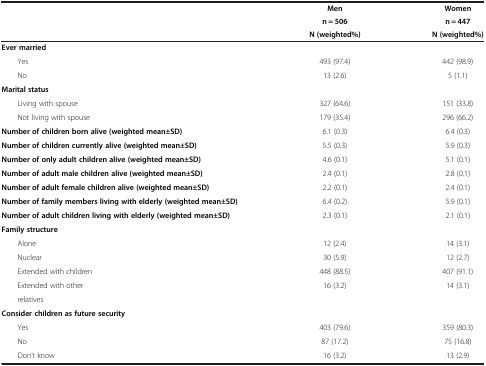
<table><thead><tr><td rowspan="3"><b> </b></td><td><b>Men</b></td><td><b>Women</b></td></tr><tr><td><b>n = 506</b></td><td><b>n = 447</b></td></tr><tr><td><b>N (weighted%)</b></td><td><b>N (weighted%)</b></td></tr></thead><tbody><tr><td><b>Ever married</b></td><td> </td><td> </td></tr><tr><td>Yes</td><td>493 (97.4)</td><td>442 (98.9)</td></tr><tr><td>No</td><td>13 (2.6)</td><td>5 (1.1)</td></tr><tr><td><b>Marital status</b></td><td> </td><td> </td></tr><tr><td>Living with spouse</td><td>327 (64.6)</td><td>151 (33.8)</td></tr><tr><td>Not living with spouse</td><td>179 (35.4)</td><td>296 (66.2)</td></tr><tr><td><b>Number of children born alive (weighted mean±SD)</b></td><td>6.1 (0.3)</td><td>6.4 (0.3)</td></tr><tr><td><b>Number of children currently alive (weighted mean±SD)</b></td><td>5.5 (0.3)</td><td>5.9 (0.3)</td></tr><tr><td><b>Number of only adult children alive (weighted mean±SD)</b></td><td>4.6 (0.1)</td><td>5.1 (0.1)</td></tr><tr><td><b>Number of adult male children alive (weighted mean±SD)</b></td><td>2.4 (0.1)</td><td>2.8 (0.1)</td></tr><tr><td><b>Number of adult female children alive (weighted mean±SD)</b></td><td>2.2 (0.1)</td><td>2.4 (0.1)</td></tr><tr><td><b>Number of family members living with elderly (weighted mean±SD)</b></td><td>6.4 (0.2)</td><td>5.9 (0.1)</td></tr><tr><td><b>Number of adult children living with elderly (weighted mean±SD)</b></td><td>2.3 (0.1)</td><td>2.1 (0.1)</td></tr><tr><td><b>Family structure</b></td><td> </td><td> </td></tr><tr><td>Alone</td><td>12 (2.4)</td><td>14 (3.1)</td></tr><tr><td>Nuclear</td><td>30 (5.9)</td><td>12 (2.7)</td></tr><tr><td>Extended with children</td><td>448 (88.5)</td><td>407 (91.1)</td></tr><tr><td>Extended with other</td><td>16 (3.2)</td><td>14 (3.1)</td></tr><tr><td>relatives</td><td> </td><td> </td></tr><tr><td><b>Consider children as future security</b></td><td> </td><td> </td></tr><tr><td>Yes</td><td>403 (79.6)</td><td>359 (80.3)</td></tr><tr><td>No</td><td>87 (17.2)</td><td>75 (16.8)</td></tr><tr><td>Don’t know</td><td>16 (3.2)</td><td>13 (2.9)</td></tr></tbody></table>